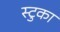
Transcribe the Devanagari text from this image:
स्टुका